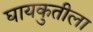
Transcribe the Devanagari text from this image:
घायकुतीला